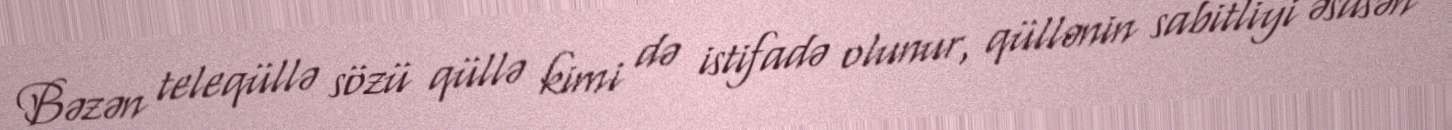
Bəzən teleqüllə sözü qüllə kimi də istifadə olunur, qüllənin sabitliyi əsasən